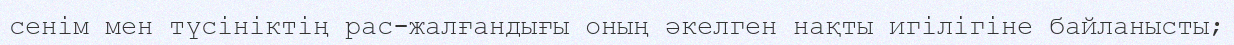
сенім мен түсініктің рас-жалғандығы оның әкелген нақты игілігіне байланысты;